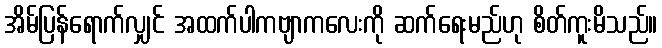
အိမ်ပြန်ရောက်လျှင် အထက်ပါကဗျာကလေးကို ဆက်ရေးမည်ဟု စိတ်ကူးမိသည်။